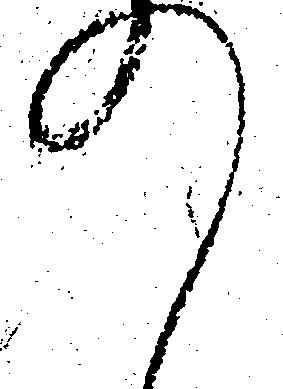
の